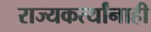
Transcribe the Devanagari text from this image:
राज्यकर्त्यांनाही